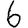
Digit: 6